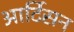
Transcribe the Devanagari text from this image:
आर्टिसन